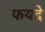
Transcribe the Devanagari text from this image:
फयदे